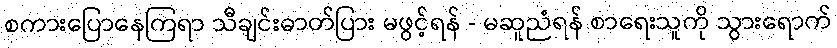
စကားပြောနေကြရာ သီချင်းဓာတ်ပြား မဖွင့်ရန် - မဆူညံရန် စာရေးသူကို သွားရောက်